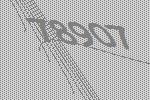
78907